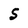
Character: S